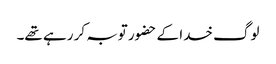
لوگ خدا کے حضور توبہ کر رہے تھے۔